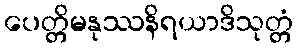
ပေတ္တိမနုဿနိရယာဒိသုတ္တံ